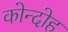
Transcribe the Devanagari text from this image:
कोन्‍दोह